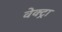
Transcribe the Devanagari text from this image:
वेक्ट्रा